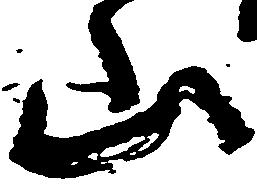
山